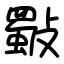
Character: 斀